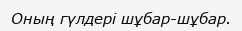
Оның гүлдері шұбар-шұбар.